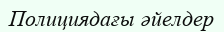
Полициядағы әйелдер